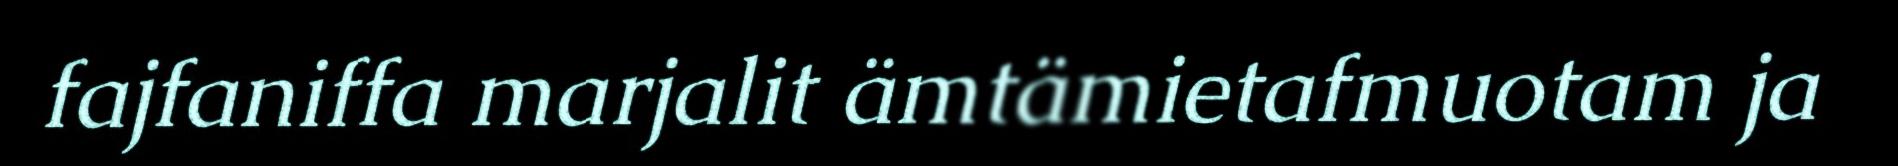
fajfaniffa marjalit ämtämietafmuotam ja